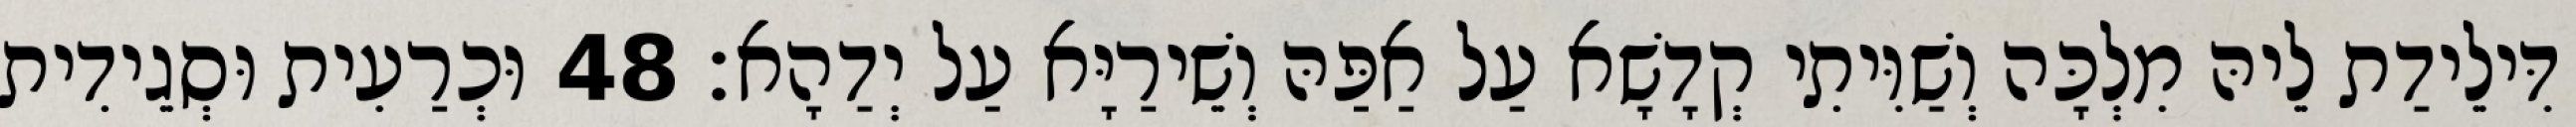
דִּילֵידַת לֵיהּ מִלְכָּה וְשַׁוִּיתִי קְדָשָׁא עַל אַפַּהּ וְשֵׁירַיָּא עַל יְדַהָא׃ 48 וּכְרַעִית וּסְגֵידִית